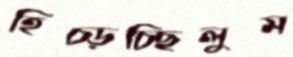
হিঁচ্‌ড়চ্ছিলুম